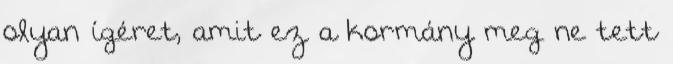
olyan ígéret, amit ez a kormány meg ne tett